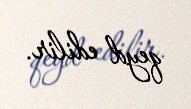
qeyd edilir.